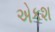
એકશ